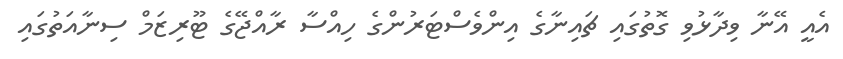
އެއީ އޭނާ ވިދާޅުވި ގޮތުގައި ޗައިނާގެ އިންވެސްޓަރުންގެ ހިއްސާ ރާއްޖޭގެ ޓޫރިޒަމް ސިނާއަތުގައި